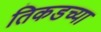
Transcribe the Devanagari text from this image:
तिकडच्या